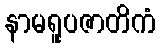
နာမရူပဇာတိကံ